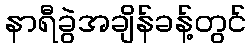
နာရီခွဲအချိန်ခန့်တွင်